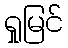
ရှုမြင်